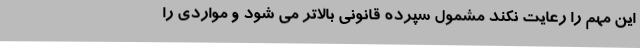
این مهم را رعایت نکند مشمول سپرده قانونی بالاتر می شود و مواردی را